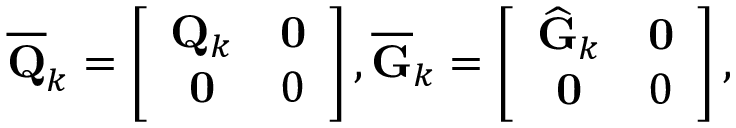
\begin{array} { r } { \mathbf { \overline { { Q } } } _ { k } = \left[ \begin{array} { c c } { \mathbf { Q } _ { k } } & { \mathbf { 0 } } \\ { \mathbf { 0 } } & { 0 } \end{array} \right] , \overline { { \mathbf { G } } } _ { k } = \left[ \begin{array} { c c } { { \widehat { \mathbf { G } } } _ { k } } & { \mathbf { 0 } } \\ { \mathbf { 0 } } & { 0 } \end{array} \right] , } \end{array}